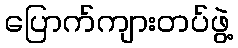
ပြောက်ကျားတပ်ဖွဲ့